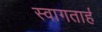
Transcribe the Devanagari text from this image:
स्‍वागतार्ह